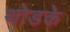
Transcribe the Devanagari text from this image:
थोडके